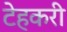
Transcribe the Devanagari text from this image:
टेहकरी